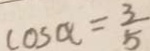
\cos \alpha = \frac { 3 } { 5 }